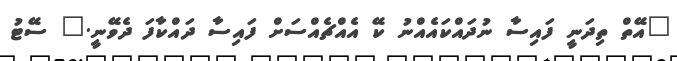
"އޭތް ތިދަނީ ފައިސާ ނުދައްކައެއްނު ކޭ އެއްޗެއްސަށް ފައިސާ ދައްކާފަ ދެވޭނީ." ސޭޓު